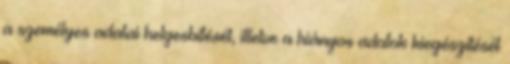
a személyes adatai helyesbítését, illetve a hiányos adatok kiegészítését